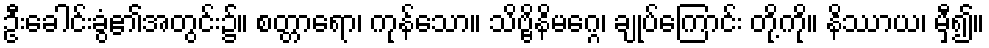
ဦးခေါင်းခွံ၏အတွင်း၌။ စတ္တာရော၊ ကုန်သော။ သိဗ္ဗိနိမဂ္ဂေ၊ ချုပ်ကြောင်း တို့ကို။ နိဿာယ၊ မှီ၍။